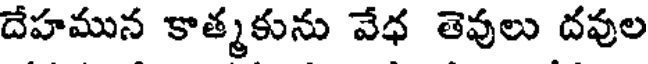
దేహమున కాత్మకును వేధ తెవులు దవుల